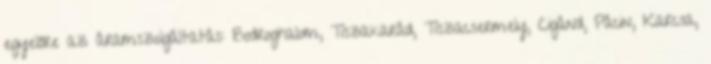
egyelőre az áramszolgáltatás: Bodroghalom, Tiszakarád, Tiszacsermely, Cigánd, Pácin, Karcsa,